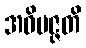
အဓိပဇ္ဇတိ